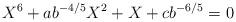
LaTeX: \begin{align*}X^6+ab^{-4/5}X^2+X+cb^{-6/5}=0\end{align*}